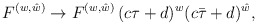
\begin{align*}{F^{(w,\hat w)} \to F^{(w,\hat w)}\, (c\tau + d)^w(c\bar \tau + d)^{\hat w},}\end{align*}